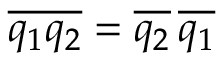
\overline { { q _ { 1 } q _ { 2 } } } = \overline { { q _ { 2 } } } \, \overline { { q _ { 1 } } }